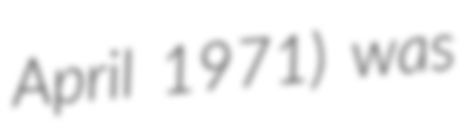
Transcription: April 1971) was